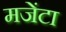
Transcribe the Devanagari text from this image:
मजेंटा